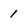
Character: 1